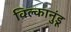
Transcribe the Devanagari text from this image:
विल्कानुंडू